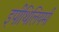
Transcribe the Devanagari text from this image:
इपीथिलियमी